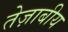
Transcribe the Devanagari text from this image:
तेज़ाबीय